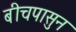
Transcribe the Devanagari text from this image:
बीचपासुन